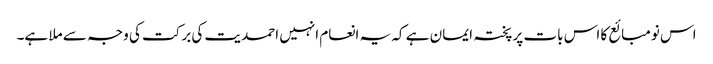
اس نومبائع کا اس بات پر پختہ ایمان ہے کہ یہ انعام انہیں احمدیت کی برکت کی وجہ سے ملا ہے۔